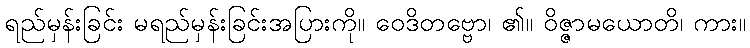
ရည်မှန်းခြင်း မရည်မှန်းခြင်းအပြားကို။ ဝေဒိတဗ္ဗော၊ ၏။ ဝိဇ္ဇာမယောတိ၊ ကား။